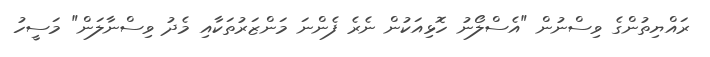
ރައްޔިތުންގެ ވިސްނުން "އެސްލޯނު ހޮޅިއަކުން ނެރެ ފެންނަ މަންޒަރުތަކާއި މެދު ވިސްނާލަން" މަސީހު